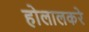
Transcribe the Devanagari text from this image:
होलालकरे